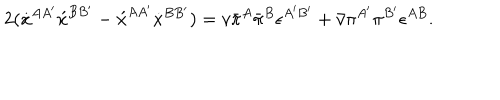
2 ( \dot { x } ^ { A A ^ { \prime } } \acute { x } ^ { B B ^ { \prime } } - \acute { x } ^ { A A ^ { \prime } } \dot { x } ^ { B B ^ { \prime } } ) = v \bar { \pi } ^ { A } \bar { \pi } ^ { B } \epsilon ^ { A ^ { \prime } B ^ { \prime } } + \bar { v } \pi ^ { A ^ { \prime } } \pi ^ { B ^ { \prime } } \epsilon ^ { A B } .